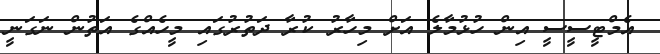
އެމްޓީސީސީ އިން ހުޅުމާލެ އަށް މިހާރު ކުރާ ދަތުރުގައި މީހެއްގެ އަތުން ނަގަނީ